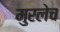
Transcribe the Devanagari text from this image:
मुरलेच